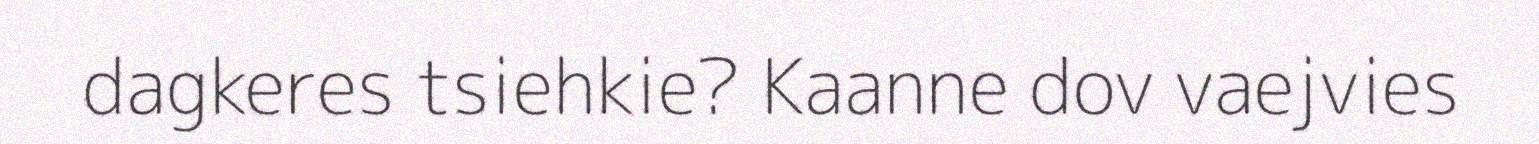
dagkeres tsiehkie? Kaanne dov vaejvies